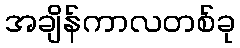
အချိန်ကာလတစ်ခု